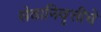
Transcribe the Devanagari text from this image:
सेवानिवृत्तीचे